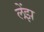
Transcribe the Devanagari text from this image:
लेंझ